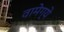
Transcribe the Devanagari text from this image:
वामेग्ये